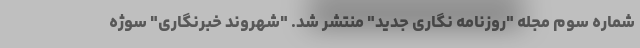
شماره سوم مجله "روزنامه نگاری جدید" منتشر شد. "شهروند خبرنگاری" سوژه